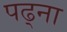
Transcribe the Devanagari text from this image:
पढ्ना